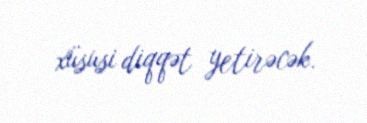
xüsusi diqqət yetirəcək.